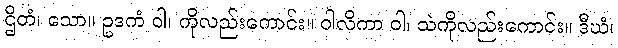
ဌိတံ၊ သော။ ဥဒကံ ဝါ၊ ကိုလည်းကောင်း။ ဝါလိကာ ဝါ၊ သဲကိုလည်းကောင်း။ ဒီဃံ၊